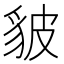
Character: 䝛